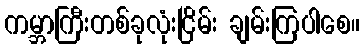
ကမ္ဘာကြီးတစ်ခုလုံးငြိမ်း ချမ်းကြပါစေ။